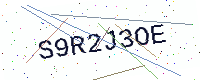
Text: S9R2J3OE